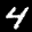
Label: 4